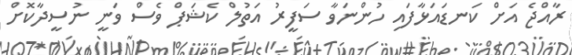
ރާއްޖެ އަށް ކަނޑައަޅާފައި ހުންނަވާ ސަފީރު އަތުލް ކެޝަޕް ވެސް ވަނީ ނުސީދާކޮށް